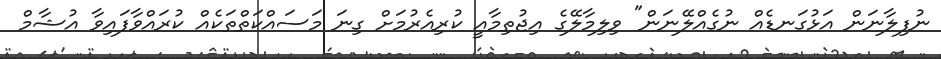
ނުފިލާނަން އަޅުގަނޑެއް ނުގެއްލޭނަން" ވިލިމާލޭގެ އިޖުތިމާއީ ކުރިއެރުމަށް ގިނަ މަސައްކަތްތަކެއް ކުރައްވާފައިވާ އުޝާމް